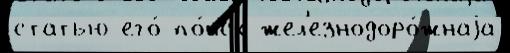
статью его́ по́иск жел'езнодоро́жнаjа